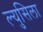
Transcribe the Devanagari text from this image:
ल्युसिला